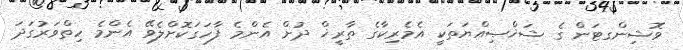
ވޮޝިންގޓަން ގެ ޝަޚްޞިއްޔަތަކީ އެމެރިކާގެ ތާރީޚް ދުށް އެންމެ ފާހަގަކޮށްލެވޭ އެންމެ ހިތްވަރުގަދަ